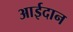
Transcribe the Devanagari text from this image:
आईदान